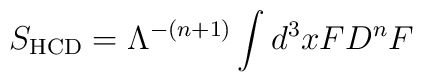
S_{\rm HCD}={\Lambda^{-(n+1)}}\int d^3x FD^{n}F